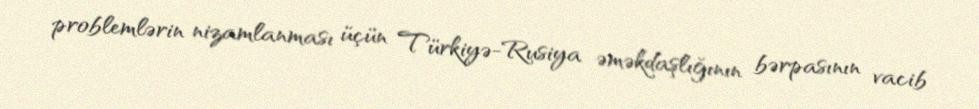
problemlərin nizamlanması üçün Türkiyə-Rusiya əməkdaşlığının bərpasının vacib